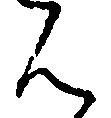
ん